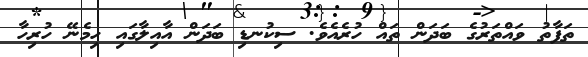
ތަފާތު ވައްތަރުގެ ބަދަން ތައް ހުރެއެވެ. ސިކުނޑި ބަދަން އާއިލާގައި ހިމެނޭ ހުރިހާ